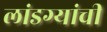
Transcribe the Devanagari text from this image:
लांडग्यांची